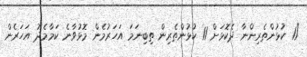
"11 ކުޅުންތެރިންނާ ދެކޮޅަށް 11 ކުޅުންތެރިން ތިބިނަމަ އަހަރުމެން މޮޅުވާނެ ކަމާމެދު އަހަރެން